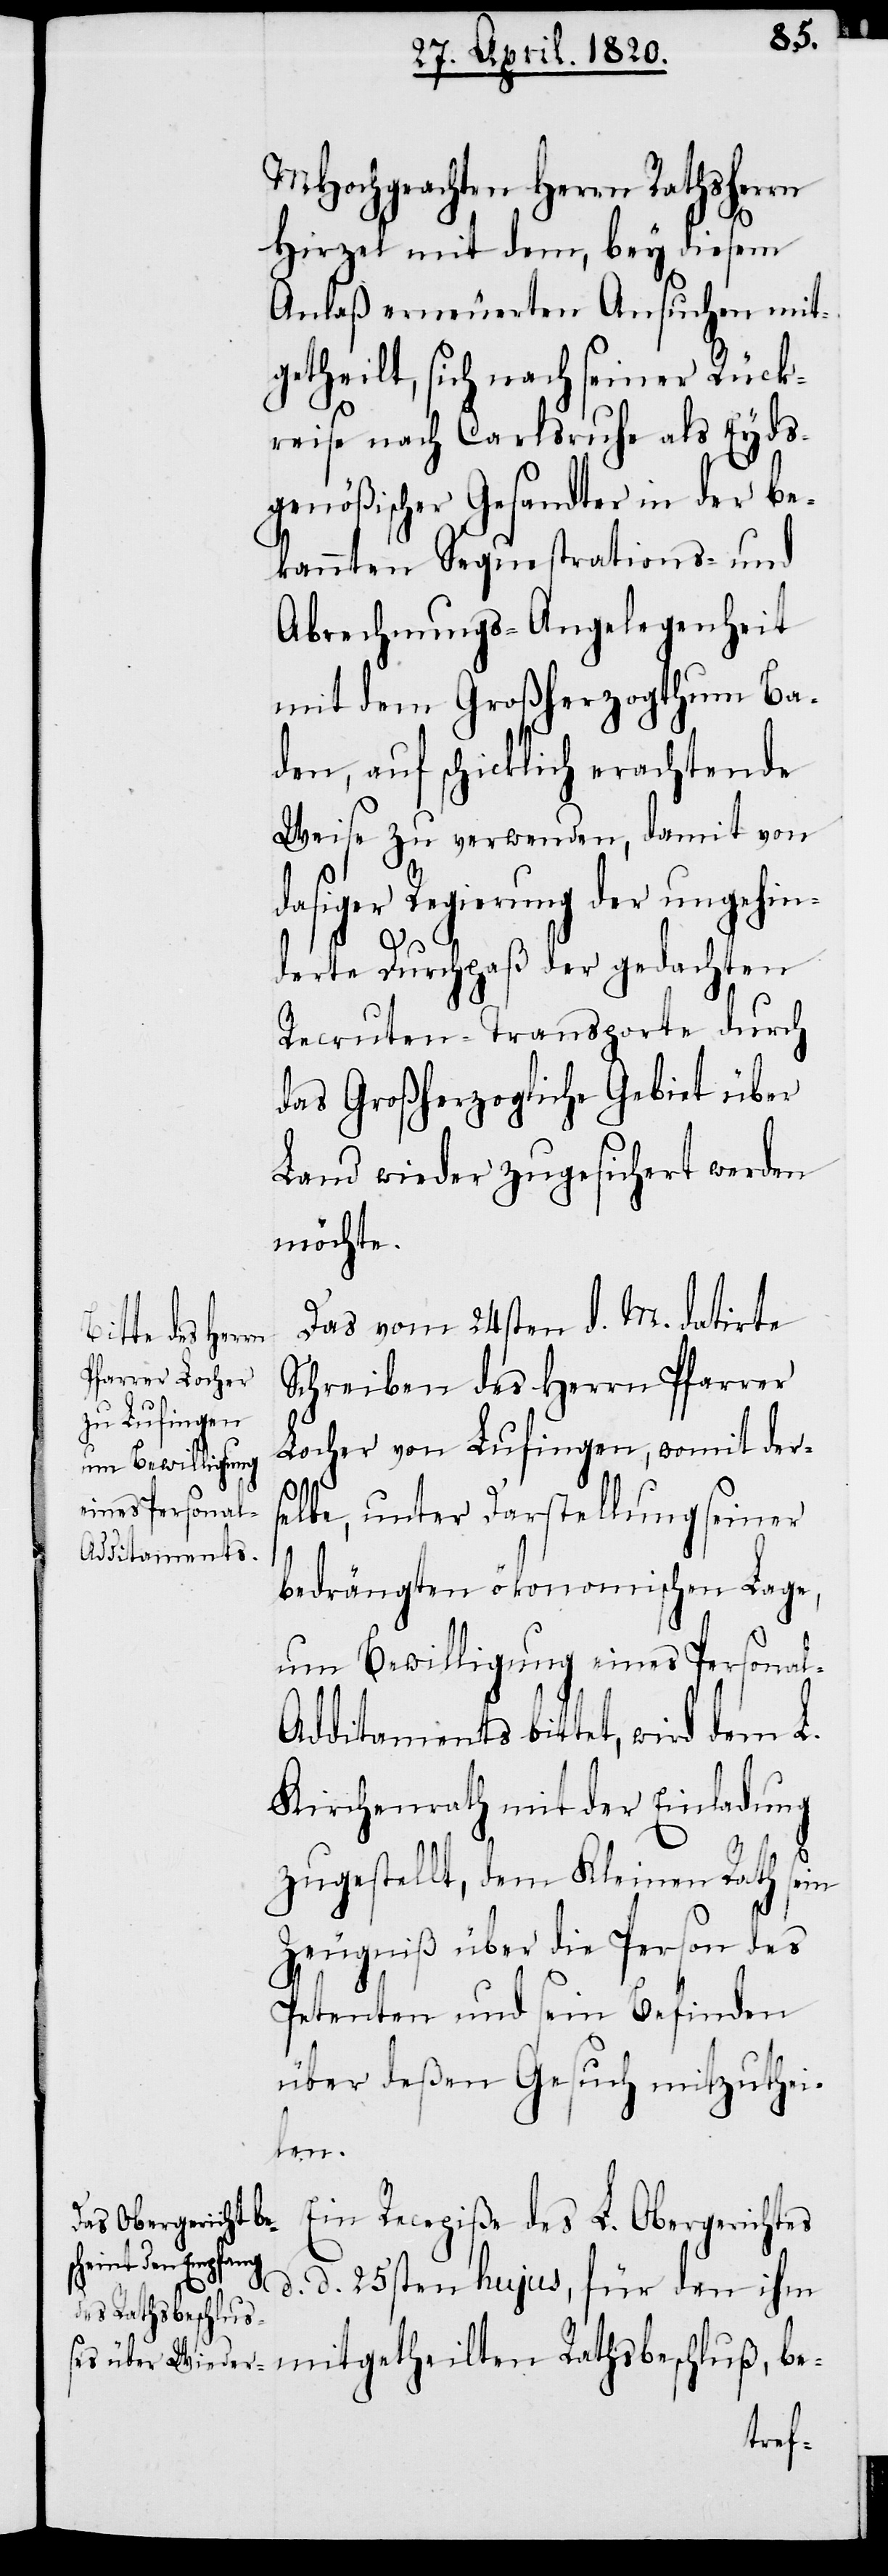
MHochgeachten Herrn Rathsherrn
Hirzel mit dem, bey diesem
Anlaß erneuerten Ansuche mit¬
getheilt, sich nach seiner Rück¬
reise nach Carlsruhe als Eyds¬
genößischer Gesandter in der Be¬
kannten Sequestrations- und
Abrechnungs-Angelegenheit
mit dem Großherzogthum Ba¬
den, auf schicklich erachtende
Weise zu verwenden, damit von
dasiger Regierung der ungehin¬
derte Furchpaß der gedachten
Recruten-Transporte durch
das Großherzogliche Gebiet über
Land wieder zugesichert werden
möchte.
Das vom 24sten d. M. datirte
mitgetheil¬
Schreiben des Herrn Pfarrer
Locher von Lufingen, womit der¬
um Bewilligung
eines Personal-A¬
selbe, unter Darstellung seiner
bedrängten ökonomischen Lage,
dditaments bittet, wird dem L.
Kirchenrath mit der Einladung
zugestellt, dem Kleinen Rath sein
Zeugniß über die Person des
Petenten und sein Befinden
über deßen Gesuch mitzuthei¬
len.
Ein Recepiße des L. Obergerichtes
d. d. 25sten hujus, für den ihm
ten Rathsbeschluß,